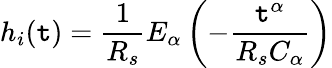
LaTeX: h_{i}(\mathtt{t})=\frac{{1}}{{R_{s}}}E_{\alpha}\left(-\frac{{\mathtt{t}^{\alpha}}}{{R_{s}C_{\alpha}}}\right)